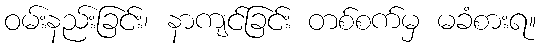
ဝမ်းနည်းခြင်း၊ နာကျင်ခြင်း တစ်စက်မှ မခံစားရ။